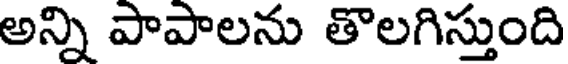
అన్ని పాపాలను తొలగిస్తుంది